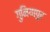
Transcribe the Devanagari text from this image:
गुनियापुर